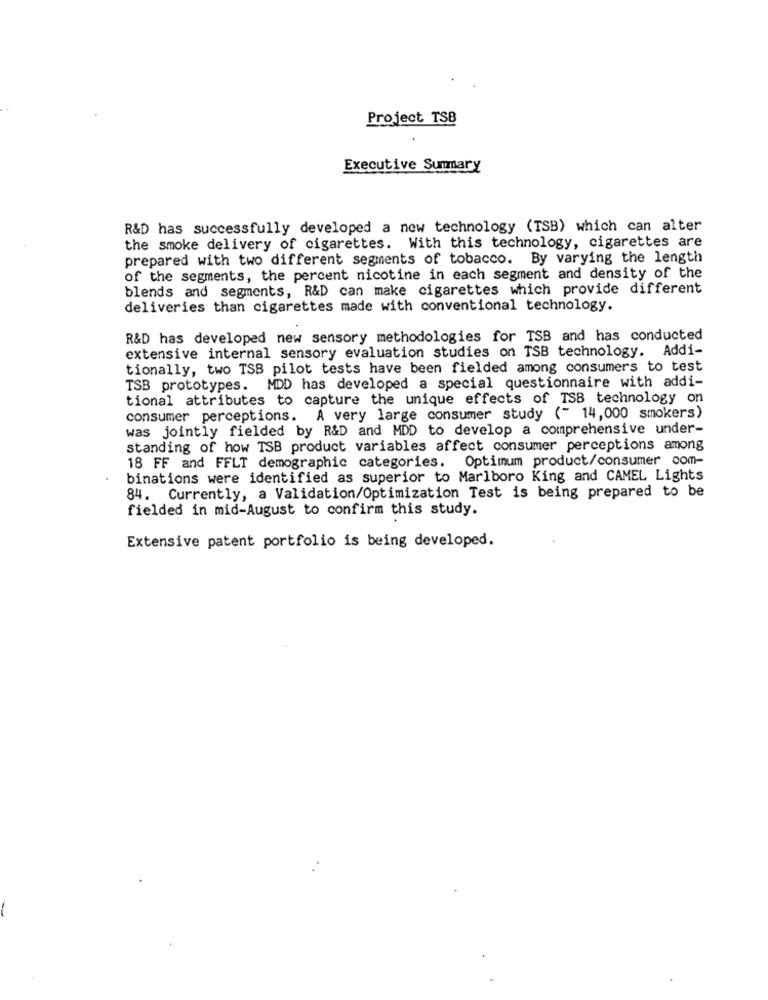
Project TSB
Executive Summary
R&D has successfully developed a new technology (TSB) which can alter
the smoke delivery of cigarettes. With this technology, cigarettes are
prepared with two different segments of tobacco. By varying the length
of the segments, the percent nicotine in each segment and density of the
blends and segments, R&D can make cigarettes which provide different
deliveries than cigarettes made with conventional technology.
R&D has developed new sensory methodologies for TSB and has conducted
extensive internal sensory evaluation studies on TSB technology. Addi-
tionally, two TSB pilot tests have been fielded among consumers to test
TSB prototypes. MDD has developed a special questionnaire with addi-
tional attributes to capture the unique effects of TSB technology on
consumer perceptions. A very large consumer study (" 14,000 smokers)
was jointly fielded by R&D and MDD to develop a comprehensive under-
standing of how TSB product variables affect consumer perceptions among
18 FF and FFLT demographic categories. Optimum product/consumer com-
binations were identified as superior to Marlboro King and CAMEL Lights
84. Currently, a Validation/Optimization Test is being prepared to be
fielded in mid-August to confirm this study.
Extensive patent portfolio is being developed.